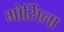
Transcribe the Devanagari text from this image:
मोर्सिला